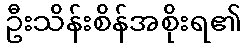
ဦးသိန်းစိန်အစိုးရ၏